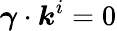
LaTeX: \boldsymbol{\gamma}\cdot\boldsymbol{k}^{i}=0